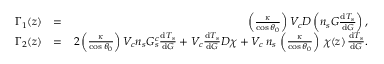
\begin{array} { r l r } { \Gamma _ { 1 } ( z ) } & { = } & { \left( \frac { \kappa } { \cos { \theta _ { 0 } } } \right) V _ { c } D \left( n _ { s } G \frac { \ensuremath { \mathrm { d } } T _ { s } } { \ensuremath { \mathrm { d } } G } \right) , } \\ { \Gamma _ { 2 } ( z ) } & { = } & { 2 \left( \frac { \kappa } { \cos { \theta _ { 0 } } } \right) V _ { c } n _ { s } G _ { s } ^ { c } \frac { \ensuremath { \mathrm { d } } T _ { s } } { \ensuremath { \mathrm { d } } G } + V _ { c } \frac { \ensuremath { \mathrm { d } } T _ { s } } { \ensuremath { \mathrm { d } } G } D \chi + V _ { c } \, n _ { s } \, \left( \frac { \kappa } { \cos { \theta _ { 0 } } } \right) \, \chi ( z ) \, \frac { \ensuremath { \mathrm { d } } T _ { s } } { \ensuremath { \mathrm { d } } G } . } \end{array}